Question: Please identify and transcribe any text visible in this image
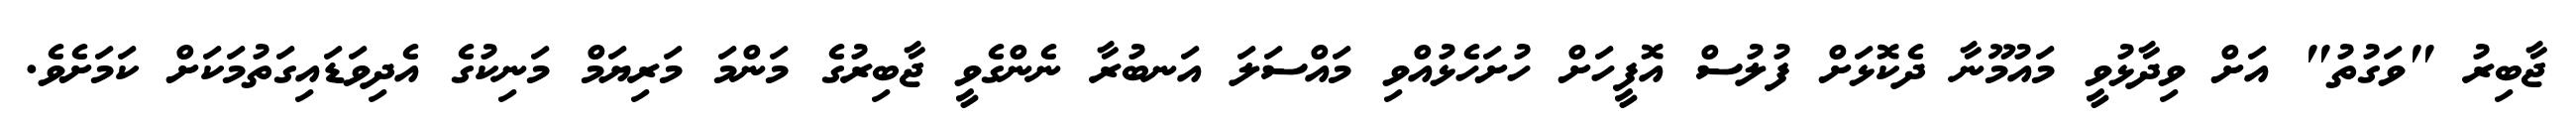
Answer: ޖާބިރު "ވަގުތު" އަށް ވިދާޅުވީ މައުމޫނާ ދެކޮޅަށް ފުލުސް އޮފީހަށް ހުށަހެޅުއްވި މައްސަލަ އަނބުރާ ނެންގެވީ ޖާބިރުގެ މަންމަ މަރިޔަމް މަނިކުގެ އެދިވަޑައިގަތުމަކަށް ކަމަށެވެ.